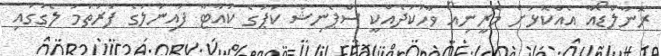
ރޮނާލްޑޯއާ އެއްކޮޅަށް މޮރީނިއޯ ވާހަކަދެއްކީ ސްޕެނިޝް ކަޕުގެ ކުއާޓާ ފައިނަލުގެ ފުރަތަމަ ލެގުގައި